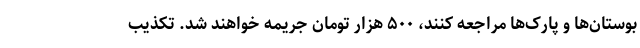
بوستان‌ها و پارک‌ها مراجعه کنند، ۵۰۰ هزار تومان جریمه خواهند شد. تکذیب